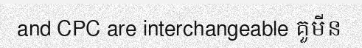
and CPC are interchangeable គួមីន